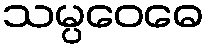
သမ္ပဝေဓေ